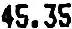
45.35